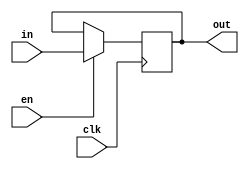
module vDFFE(clk, en, in, out);
    parameter n = 1;
    // I/O declarations
    input clk, en;
    input [n-1:0] in;
    output [n-1:0] out;
    reg [n-1:0] out;
    wire [n-1:0] next_out;

    // Enabled vDFFE function
    assign next_out = en?in:out;
    always @(posedge clk)
	out = next_out;
endmodule